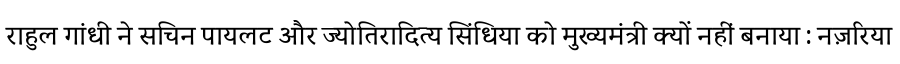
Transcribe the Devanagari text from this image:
राहुल गांधी ने सचिन पायलट और ज्योतिरादित्य सिंधिया को मुख्यमंत्री क्यों नहीं बनाया : नज़रिया